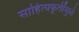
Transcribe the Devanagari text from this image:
साहित्यकृतींमुळे